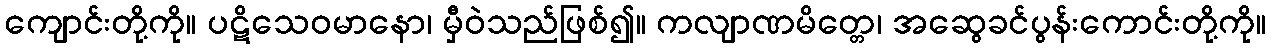
ကျောင်းတို့ကို။ ပဋိသေဝမာနော၊ မှီဝဲသည်ဖြစ်၍။ ကလျာဏမိတ္တေ၊ အဆွေခင်ပွန်းကောင်းတို့ကို။